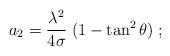
LaTeX: \begin{align*}a_2 = {\lambda^2 \over 4\sigma}\; (1-\tan^2\theta)\;;\end{align*}